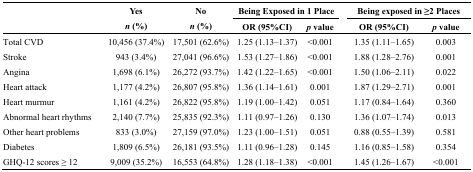
| <ROWSPAN=2>  | <ROWSPAN=2> Yesn (%) | <ROWSPAN=2> Non (%) | <COLSPAN=2> Being Exposed in 1 Place |  | <COLSPAN=2> Being exposed in ≥2 Places |
 | OR (95%CI) | p value |  | OR (95%CI) | p value |
 | --- | --- | --- | --- | --- | --- | --- | --- |
 | Total CVD | 10,456 (37.4%) | 17,501 (62.6%) | 1.25 (1.13–1.37) | <0.001 |  | 1.35 (1.11–1.65) | 0.003 |
 | Stroke | 943 (3.4%) | 27,041 (96.6%) | 1.53 (1.27–1.86) | <0.001 |  | 1.88 (1.28–2.76) | 0.001 |
 | Angina | 1,698 (6.1%) | 26,272 (93.7%) | 1.42 (1.22–1.65) | <0.001 |  | 1.50 (1.06–2.11) | 0.022 |
 | Heart attack | 1,177 (4.2%) | 26,807 (95.8%) | 1.36 (1.14–1.61) | 0.001 |  | 1.87 (1.29–2.71) | 0.001 |
 | Heart murmur | 1,161 (4.2%) | 26,822 (95.8%) | 1.19 (1.00–1.42) | 0.051 |  | 1.17 (0.84–1.64) | 0.360 |
 | Abnormal heart rhythms | 2,140 (7.7%) | 25,835 (92.3%) | 1.11 (0.97–1.26) | 0.130 |  | 1.36 (1.07–1.74) | 0.013 |
 | Other heart problems | 833 (3.0%) | 27,159 (97.0%) | 1.23 (1.00–1.51) | 0.051 |  | 0.88 (0.55–1.39) | 0.581 |
 | Diabetes | 1,809 (6.5%) | 26,181 (93.5%) | 1.11 (0.96–1.28) | 0.145 |  | 1.16 (0.85–1.58) | 0.354 |
 | GHQ-12 scores ≥ 12 | 9,009 (35.2%) | 16,553 (64.8%) | 1.28 (1.18–1.38) | <0.001 |  | 1.45 (1.26–1.67) | <0.001 |